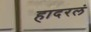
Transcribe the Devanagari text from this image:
हादरलं